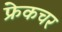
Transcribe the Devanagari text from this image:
फ्रेकचर